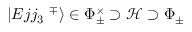
| E j j _ { 3 } \, \, ^ { \mp } \rangle \in \Phi _ { \pm } ^ { \times } \supset { \mathcal H } \supset \Phi _ { \pm }